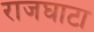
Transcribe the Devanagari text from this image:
राजघाटा